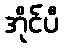
အိုင်ပီ